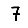
Digit: 7